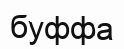
буффа